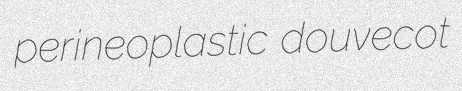
perineoplastic douvecot